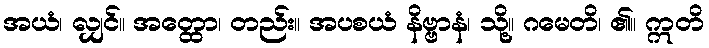
အယံ၊ လျှင်။ အတ္ထော၊ တည်း။ အပစယံ နိဗ္ဗာနံ၊ သို့။ ဂမေတိ၊ ၏။ ဣတိ